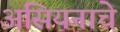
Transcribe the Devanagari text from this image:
असियनाचे